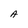
Character: A